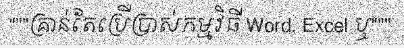
"""គ្រាន់តែប្រើប្រាស់កម្មវិធី Word, Excel ឬ"""